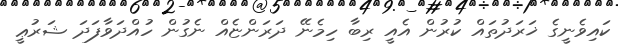
ކައިވެނީގެ ޚަރަދުތައް ކުރުން އެއީ ރިބާ ހިމެނޭ ދަރަންޏެއް ނެގުން ހުއްދަވާފަދަ ޝަރުޢީ